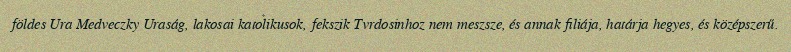
földes Ura Medveczky Uraság, lakosai katolikusok, fekszik Tvrdosinhoz nem meszsze, és annak filiája, határja hegyes, és középszerű.